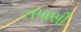
તપાસી